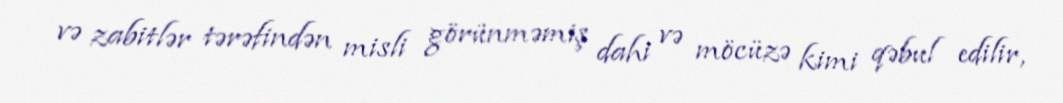
və zabitlər tərəfindən misli görünməmiş dahi və möcüzə kimi qəbul edilir,